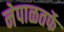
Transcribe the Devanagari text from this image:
नेपाळतर्फे